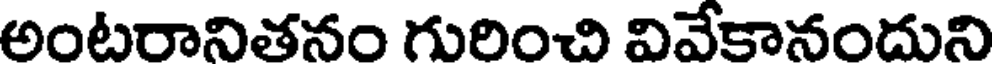
అంటరానితనం గురించి వివేకానందుని